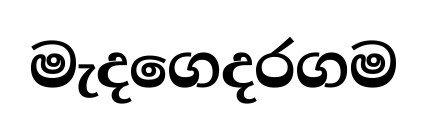
මැදගෙදරගම